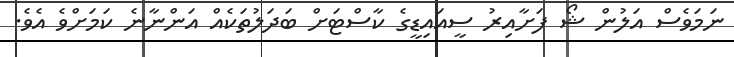
ނަމަވެސް އަލުން ޝޯ ފަށާއިރު ސީއައިޑީގެ ކާސްޓަށް ބަދަލުތަކެއް އަންނާނެ ކަމަށްވެ އެވެ.